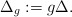
\begin{align*} \Delta_g := g \Delta.\end{align*}